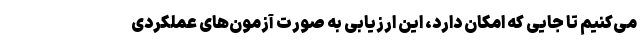
می‌کنیم تا جایی که امکان دارد، این ارزیابی به صورت آزمون‌های عملکردی